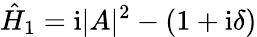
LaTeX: \hat{H}_{1}=\mathrm{i}|A|^{2}-(1+\mathrm{i}\delta)